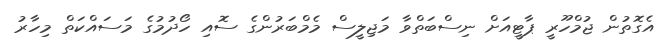
އެގޮތުން ޖުމްހޫރީ ޕާޓީއަށް ނިސްބަތްވާ މަޖިލީސް މެމްބަރުންގެ ސޮއި ހޯދުމުގެ މަސައްކަތް މިހާރު